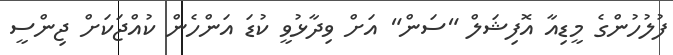
ފުލުހުންގެ މީޑިއާ އޮފިޝަލް "ސަން" އަށް ވިދާޅުވީ ކުޑަ އަންހެން ކުއްޖަކަށް ޖިންސީ